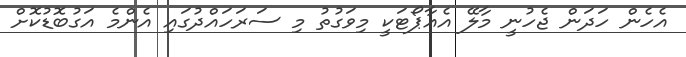
އެހެން ހަދަން ޖެހުނީ މާލޭ އެއާޕޯޓަކީ މިވަގުތު މި ސަރަހައްދުގައި އެންމެ އަގުބޮޑުކޮށް